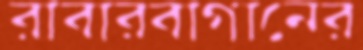
রাবারবাগানের